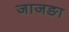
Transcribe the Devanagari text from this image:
जाजङा